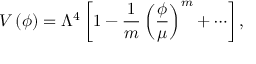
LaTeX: V \left( \phi \right) = \Lambda ^ { 4 } \left[ 1 - { \frac { 1 } { m } } \left( { \frac { \phi } { \mu } } \right) ^ { m } + \cdots \right] ,